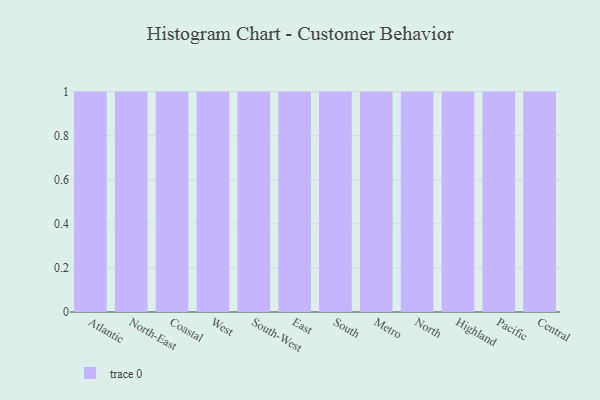
{"axis": {"x": "Region", "y": "Revenue (USD Million)"}, "legend": [""], "data": [{"x": "Atlantic", "y": 31, "type": ""}, {"x": "North-East", "y": 58, "type": ""}, {"x": "Coastal", "y": 86, "type": ""}, {"x": "West", "y": 47, "type": ""}, {"x": "South-West", "y": 33, "type": ""}, {"x": "East", "y": 86, "type": ""}, {"x": "South", "y": 11, "type": ""}, {"x": "Metro", "y": 15, "type": ""}, {"x": "North", "y": 17, "type": ""}, {"x": "Highland", "y": 74, "type": ""}, {"x": "Pacific", "y": 43, "type": ""}, {"x": "Central", "y": 26, "type": ""}]}